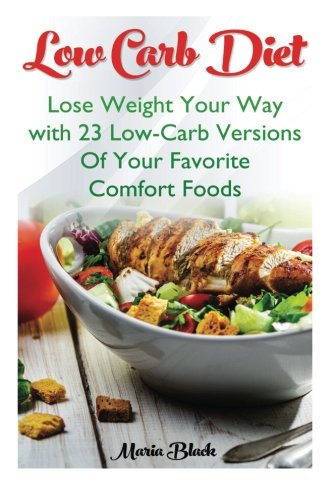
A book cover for Low Carb Diet: Lose Weight Your Way with 23 Low-Carb Versions Of Your Favorite Comfort Foods: (low carbohydrate, high protein, low carbohydrate foods, ... Ketogenic Diet to Overcome Belly Fat); Maria Black; Cookbooks, Food & Wine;